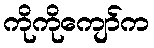
ကိုကိုကျော်က